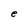
Character: e